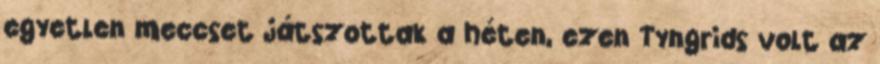
egyetlen meccset játszottak a héten, ezen Tyngrids volt az